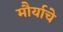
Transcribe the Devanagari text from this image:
मौर्याचे